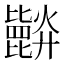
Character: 𣬘